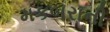
મકબરાની